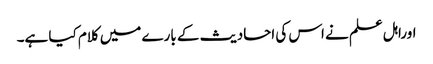
اوراہل علم نے اس کی احادیث کے بارے میں کلام کیا ہے۔